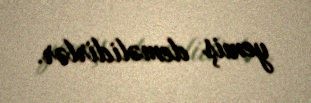
yemiş deməlidirlər.